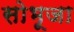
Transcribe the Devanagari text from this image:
सोभूजा